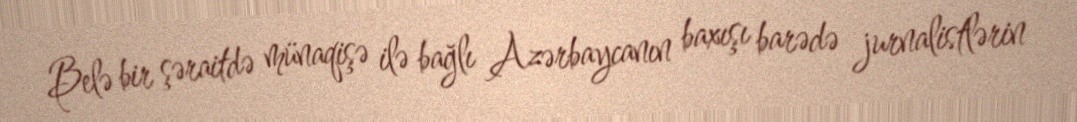
Belə bir şəraitdə münaqişə ilə bağlı Azərbaycanın baxışı barədə jurnalistlərin